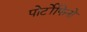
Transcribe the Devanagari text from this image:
पोर्टोफिनो